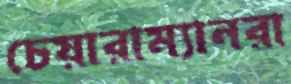
চেয়ারাম্যানরা